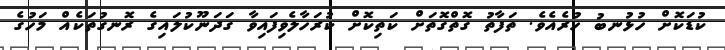
ކުޑަކޮށް ހުޅުނބު ހުރެއެވެ. ތަފާތު ގޮތްގޮތަށް ކަތިކޮށް ކުރަހާލެވިފައިވާ ގަދަނޫކުލައިގެ ރޮނގުތަކެއް މަހުގެ